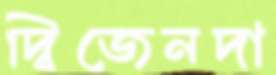
দ্বিজেনদা